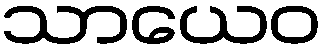
သာယေဝ